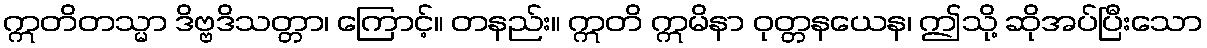
ဣတိတသ္မာ ဒိဗ္ဗဒိသတ္တာ၊ ကြောင့်။ တနည်း။ ဣတိ ဣမိနာ ဝုတ္တနယေန၊ ဤသို့ ဆိုအပ်ပြီးသော